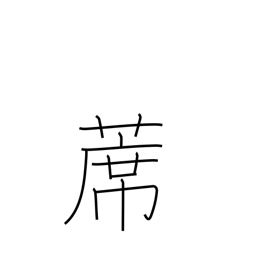
Meaning: straw mat